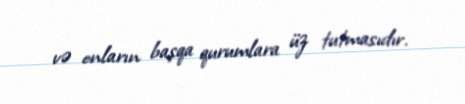
və onların başqa qurumlara üz tutmasıdır.